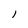
Character: l